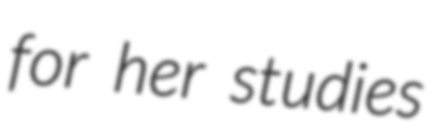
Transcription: for her studies